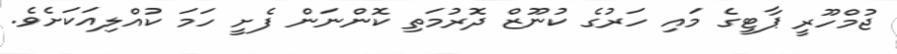
ޖުމްހޫރީ ޕާޓީގެ މައި ހަރުގެ ކުނޫޒް ދޮރުމަތި ކޮންނަން ފެށީ ހަމަ ކުއްލިއަކަށެވެ.